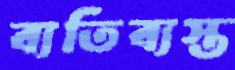
ব্যতিব্যস্ত